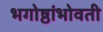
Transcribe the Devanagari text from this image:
भगोष्ठांभोवती